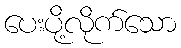
ပေးပို့လိုက်သော